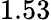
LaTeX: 1.53